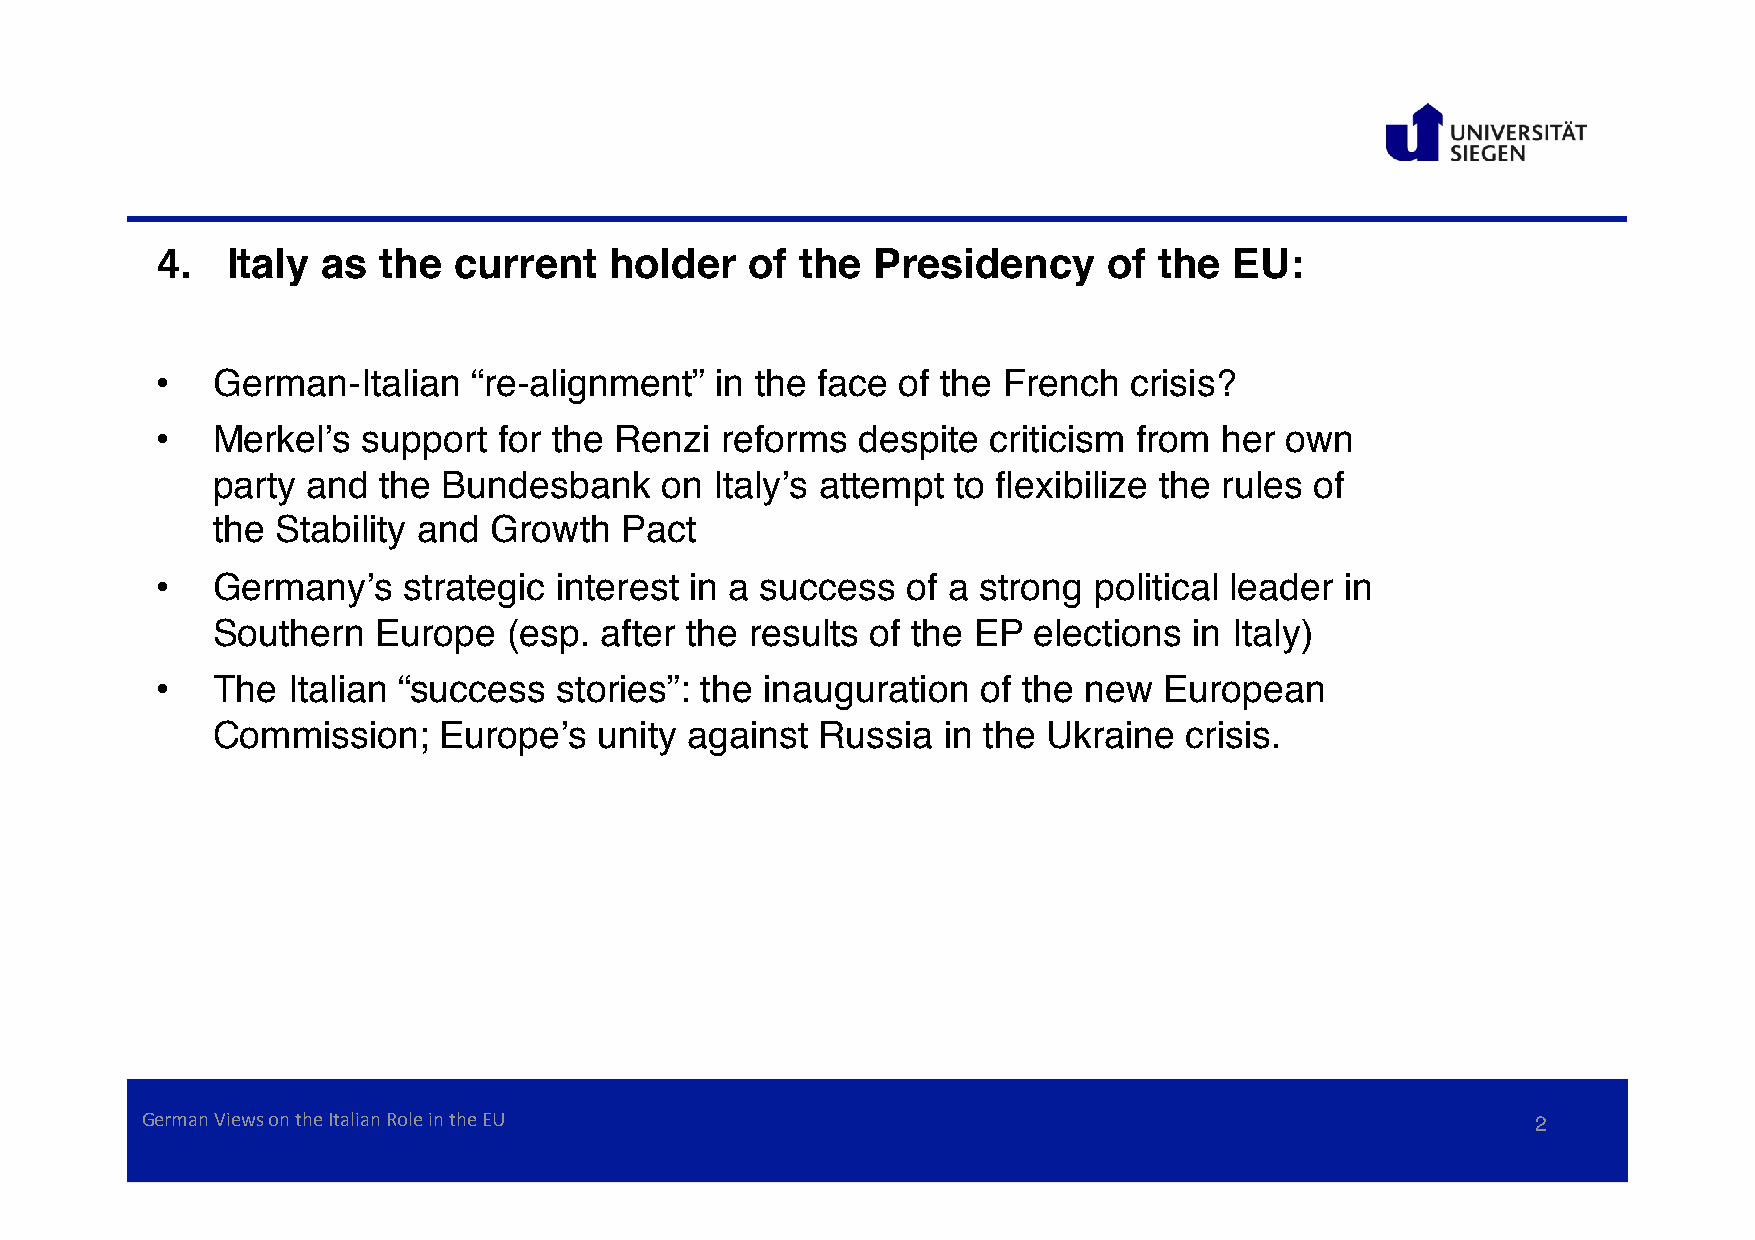
4.   Italy as  the  current   holder   of  the  Presidency     of  the  EU:
 •   German-Italian   “re-alignment”  in the face of the French   crisis?
 •   Merkel’s  support  for the Renzi  reforms  despite criticism from  her own
 party and  the Bundesbank     on Italy’s attempt to flexibilize the rules of
 the Stability and Growth   Pact
 •   Germany’s    strategic interest in a success  of a strong political leader in
 Southern   Europe   (esp. after the results of the EP elections  in Italy)
 •   The  Italian “success  stories”: the inauguration  of the new  European
 Commission;    Europe’s   unity against Russia  in the Ukraine  crisis.
 German Views on the Italian Role in the EU                                                   2